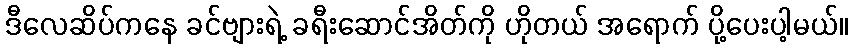
ဒီလေဆိပ်ကနေ ခင်ဗျားရဲ့ ခရီးဆောင်အိတ်ကို ဟိုတယ် အရောက် ပို့ပေးပါ့မယ်။